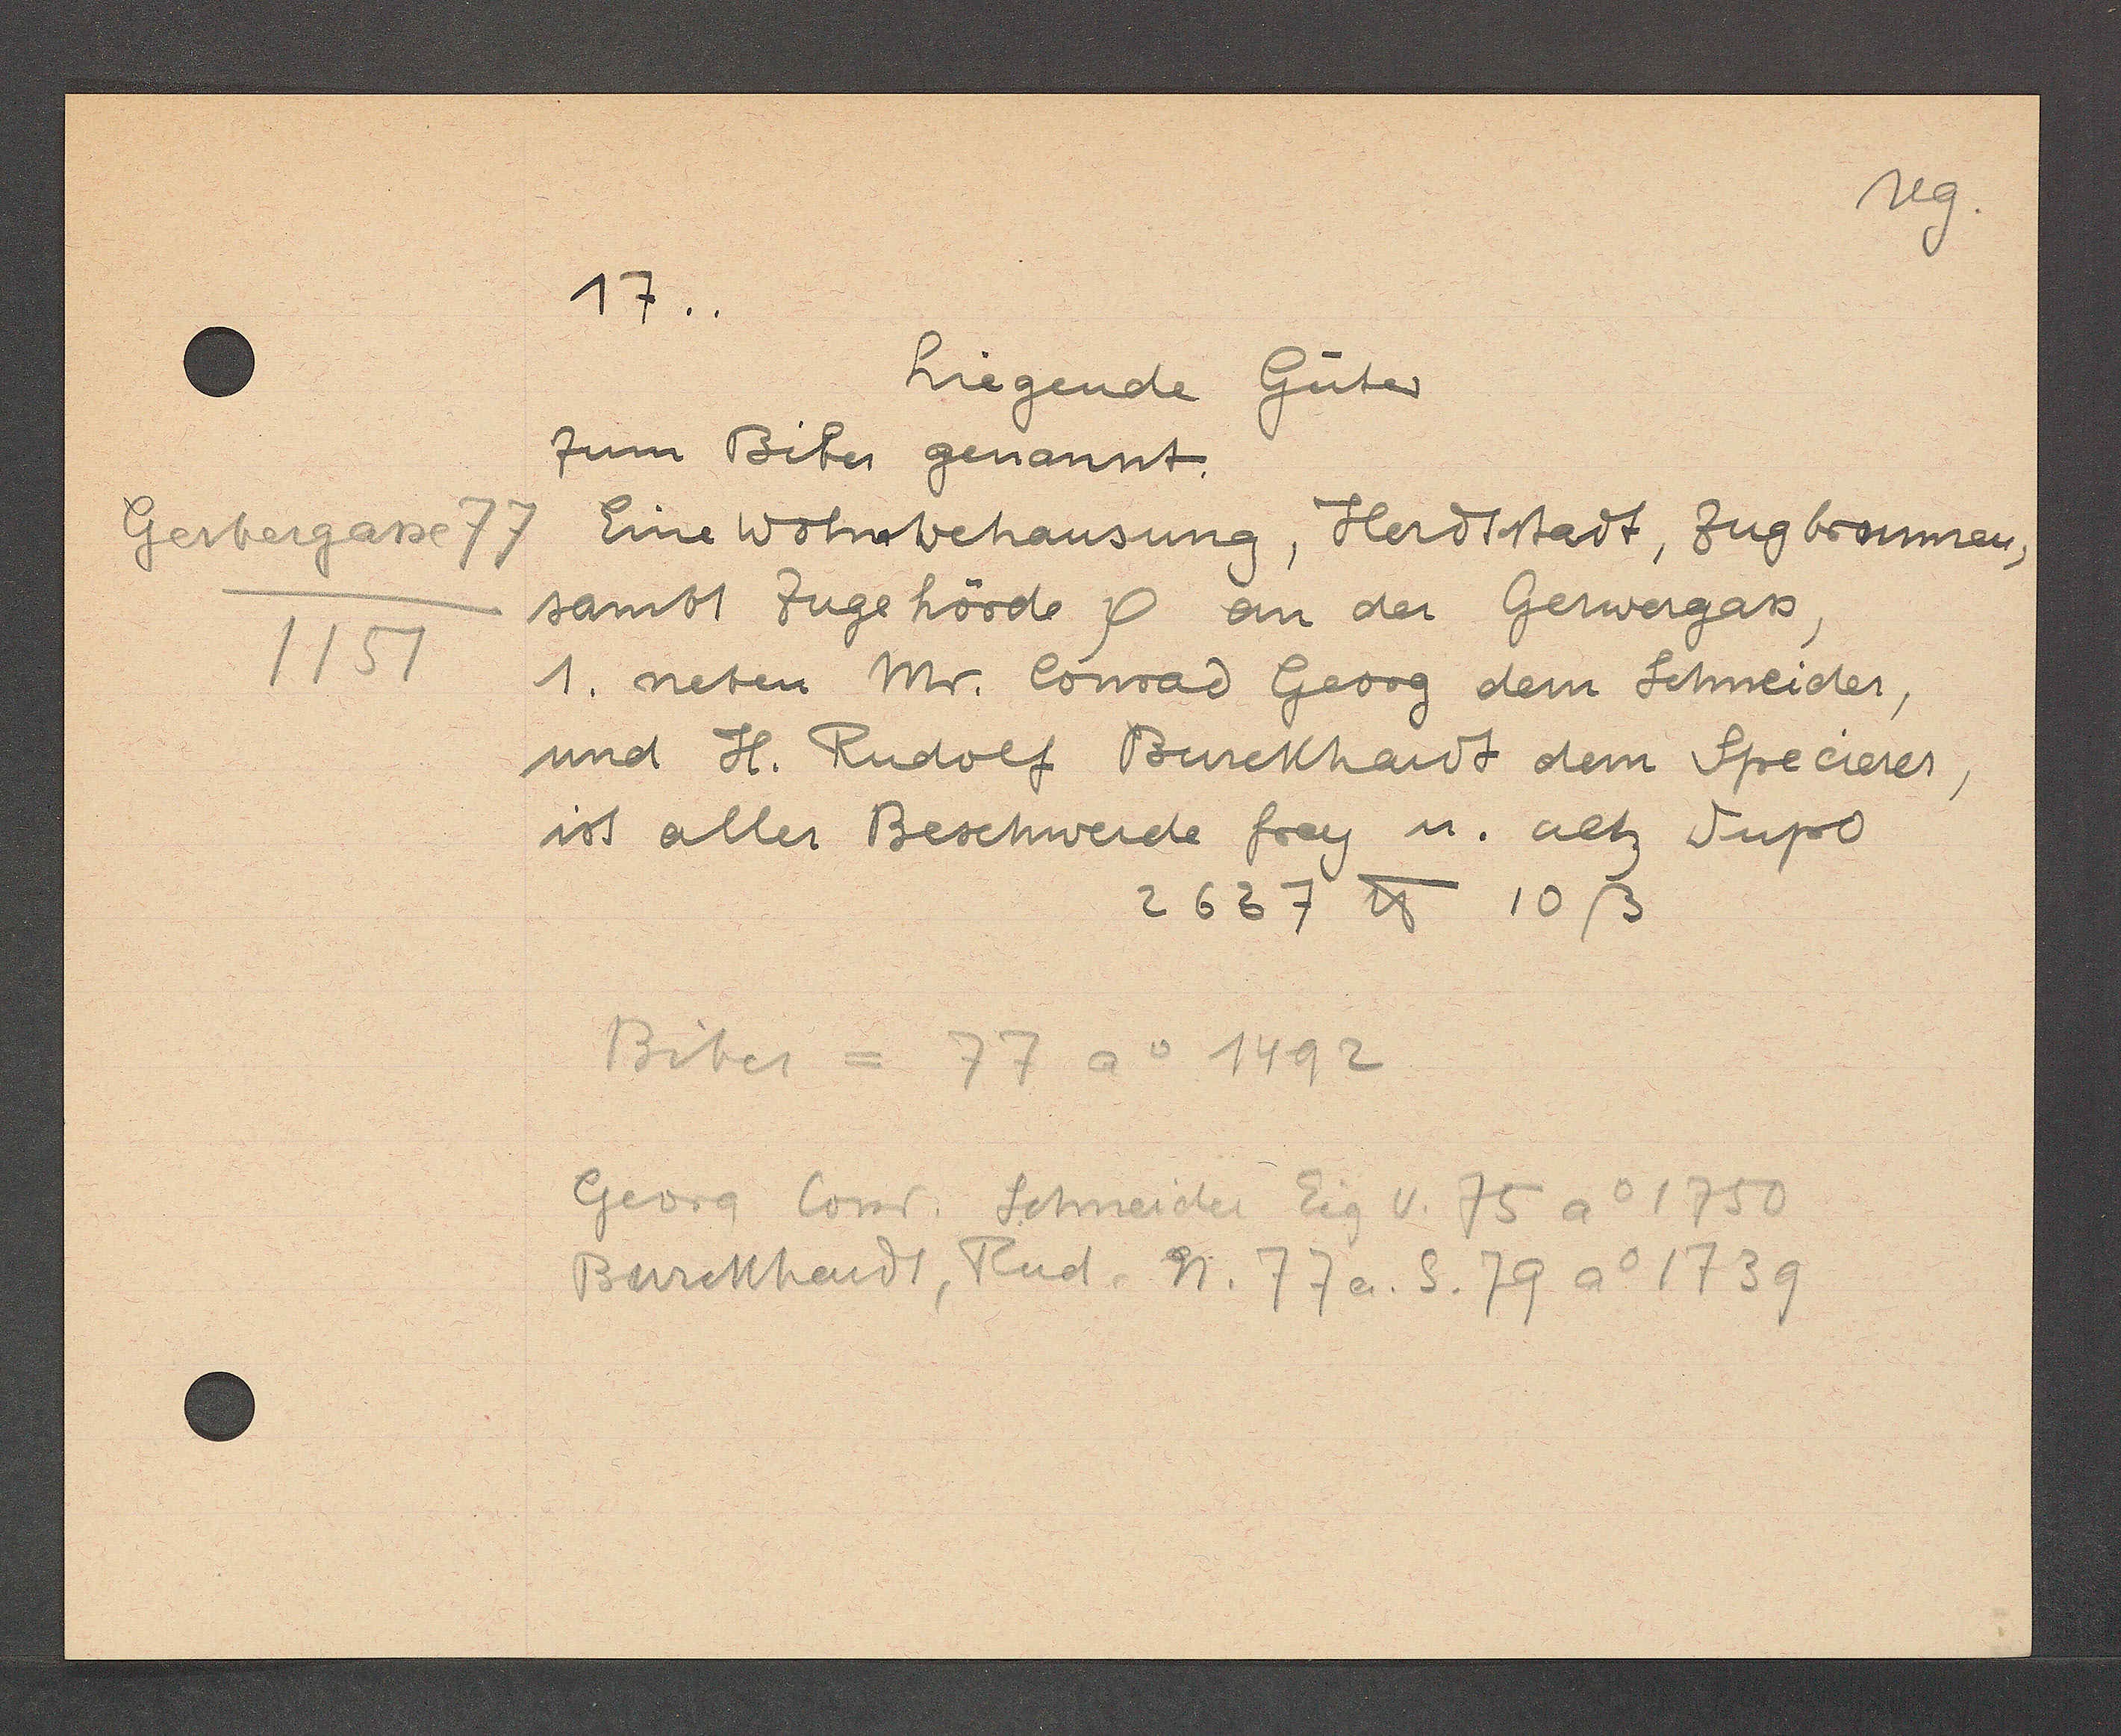
Transcript:
Gerbergasse 77
1157

17..

Liegende Güter
zum Biber genannt.
Eine Wohnbehausung, Herdtstadt, Zugbraumen,
sambt Zugehörde Ƿ an der Gerwergass,
1. neben Mr Conrad Georg dem Schneider,
und H. Rudolf Burckhardt dem Specierer,
ist aller Beschwerde frey u. altz Fupo
2637℔ 10ß

Biber = 77 ao 1492
Georg Conr. Schneider Eig v. 75 Ao 1750
Burckhardt, Rud. n. 77 a. S. 79 Ao 1739